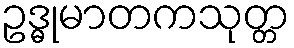
ဥဒ္ဓုမာတကသုတ္တ